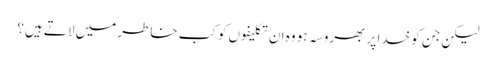
لیکن جن کو خدا پر بھروسہ ہو وہ ان تکلیفوں کو کب خاطر میں لاتے ہیں؟